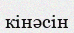
кінәсін